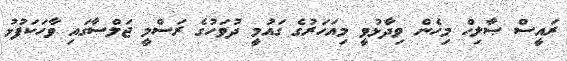
ރައީސް ޞާލިހް މިހެން ވިދާޅުވީ މިއަހަރުގެ ގައުމީ ދުވަހުގެ ރަސްމީ ޖަލްސާގައި ވާހަކަފުޅު